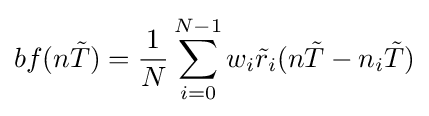
bf(n{\tilde {T}})={\frac {1}{N}}\sum _{i=0}^{N-1}w_{i}{\tilde {r}}_{i}(n{\tilde {T}}-n_{i}{\tilde {T}})